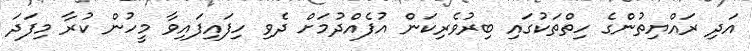
އަދި ރައްޔިތުންގެ ހިތްތަކުގައި ބިރުވެރިކަން އުފެއްދުމަށް ދެވި ހިފައިފައިވާ މީހުން ކުރާ މިފަދަ